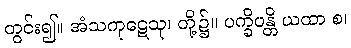
တွင်း၍။ အံသကုဋေသု၊ တို့၌။ ပက္ခိပန္တိ ယထာ စ၊